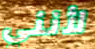
لأنني